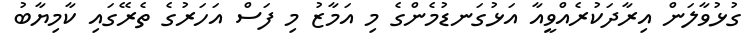
ގުޅުވާލަން އިރާދަކުރެއްވީއާ އަޅުގަނޑުމެންގެ މި އަމާޒު މި ފަސް އަހަރުގެ ތެރޭގައި ކާމިޔާބު